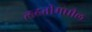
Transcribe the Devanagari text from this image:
लढतीमधील